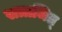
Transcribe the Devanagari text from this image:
सत्राजित्